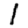
Digit: 1